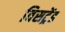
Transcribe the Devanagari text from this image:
विसट्रेंड